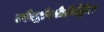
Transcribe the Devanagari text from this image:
स्पेक्ट्रोफोटोमेट्रिक